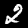
Label: 2